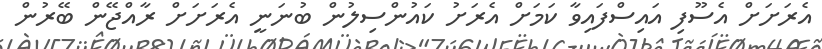
އެރަށަށް އެސޫފި އައިސްފައިވާ ކަމަށް އެރަށު ކައުންސިލުން ބުނަނީ އެރަށަށް ރާއްޖޭން ބޭރުން